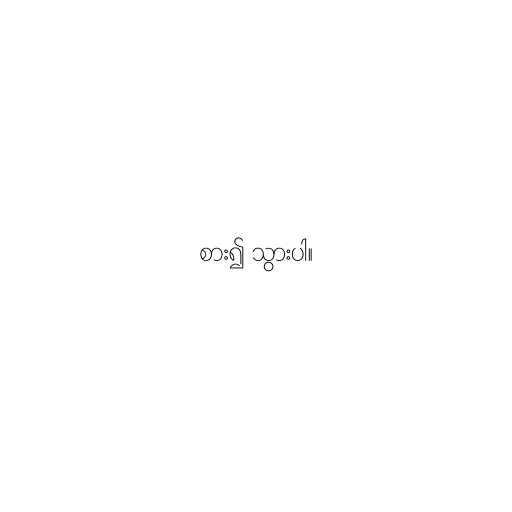
စား၍ သွားပါ။